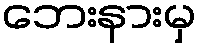
ဘေးနားမှ